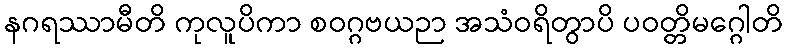
နဂရဿာမီတိ ကုလူပိကာ စဝဂ္ဂဗယဉာ အသံဝရိတွာပိ ပဝတ္တိမဂ္ဂေါတိ